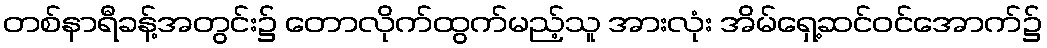
တစ်နာရီခန့်အတွင်း၌ တောလိုက်ထွက်မည့်သူ အားလုံး အိမ်ရှေ့ဆင်ဝင်အောက်၌